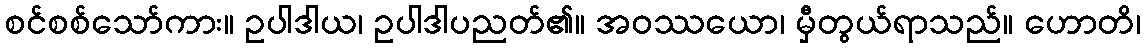
စင်စစ်သော်ကား။ ဥပါဒါယ၊ ဥပါဒါပညတ်၏။ အဝဿယော၊ မှီတွယ်ရာသည်။ ဟောတိ၊